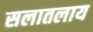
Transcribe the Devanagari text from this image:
सलातलाय